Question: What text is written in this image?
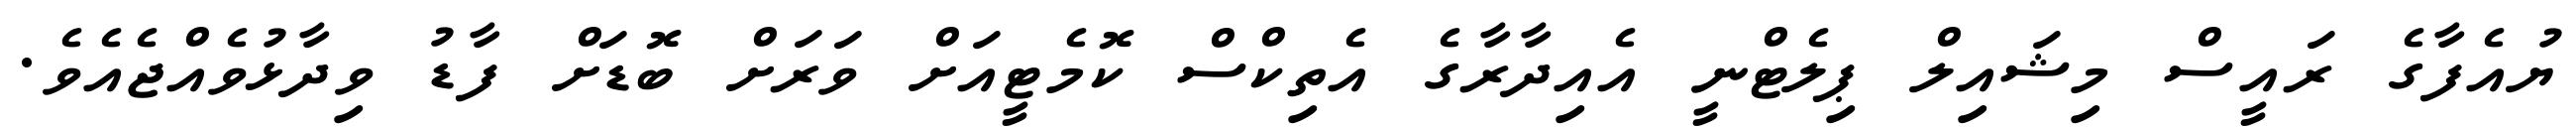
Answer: ޔުއެފާގެ ރައީސް މިޝައިލް ޕިލެޓްނީ އެއިދާރާގެ އެތިކްސް ކޮމެޓީއަށް ވަރަށް ބޮޑަށް ފާޑު ވިދާޅުވެއްޖެއެވެ.